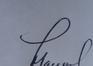
Signature authenticity: genuine